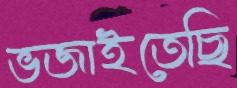
ভজাইতেছি